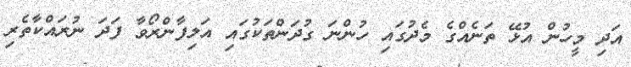
އަދި މީހުން އުޅޭ ތަނެއްގެ މެދުގައި ހުންނަ ގުދަންތަކުގައި އަލިފާންރޯވާ ފަދަ ނުރައްކާތެރި